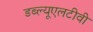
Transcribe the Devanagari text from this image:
डब्ल्यूएलटीवी